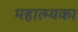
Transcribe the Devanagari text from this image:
महात्म्यका